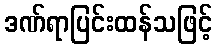
ဒဏ်ရာပြင်းထန်သဖြင့်